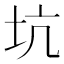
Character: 坑